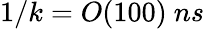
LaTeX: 1/k=O(100)~ns